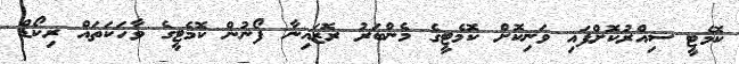
ކޮމެޓީ ސިއްރުކޮށްފައި ވަނިކޮށް ކޮމެޓީގެ މެންބަރު ރޮޒައިނާ ފޯނުން ކޮމެޓީގެ ވާހަކަތައް ރިކޯޑް